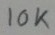
Text: 10K